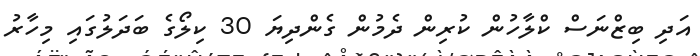
އަދި ބިޒްނަސް ކްލާހުން ކުރިން ދެމުން ގެންދިޔަ 30 ކިލޯގެ ބަދަލުގައި މިހާރު